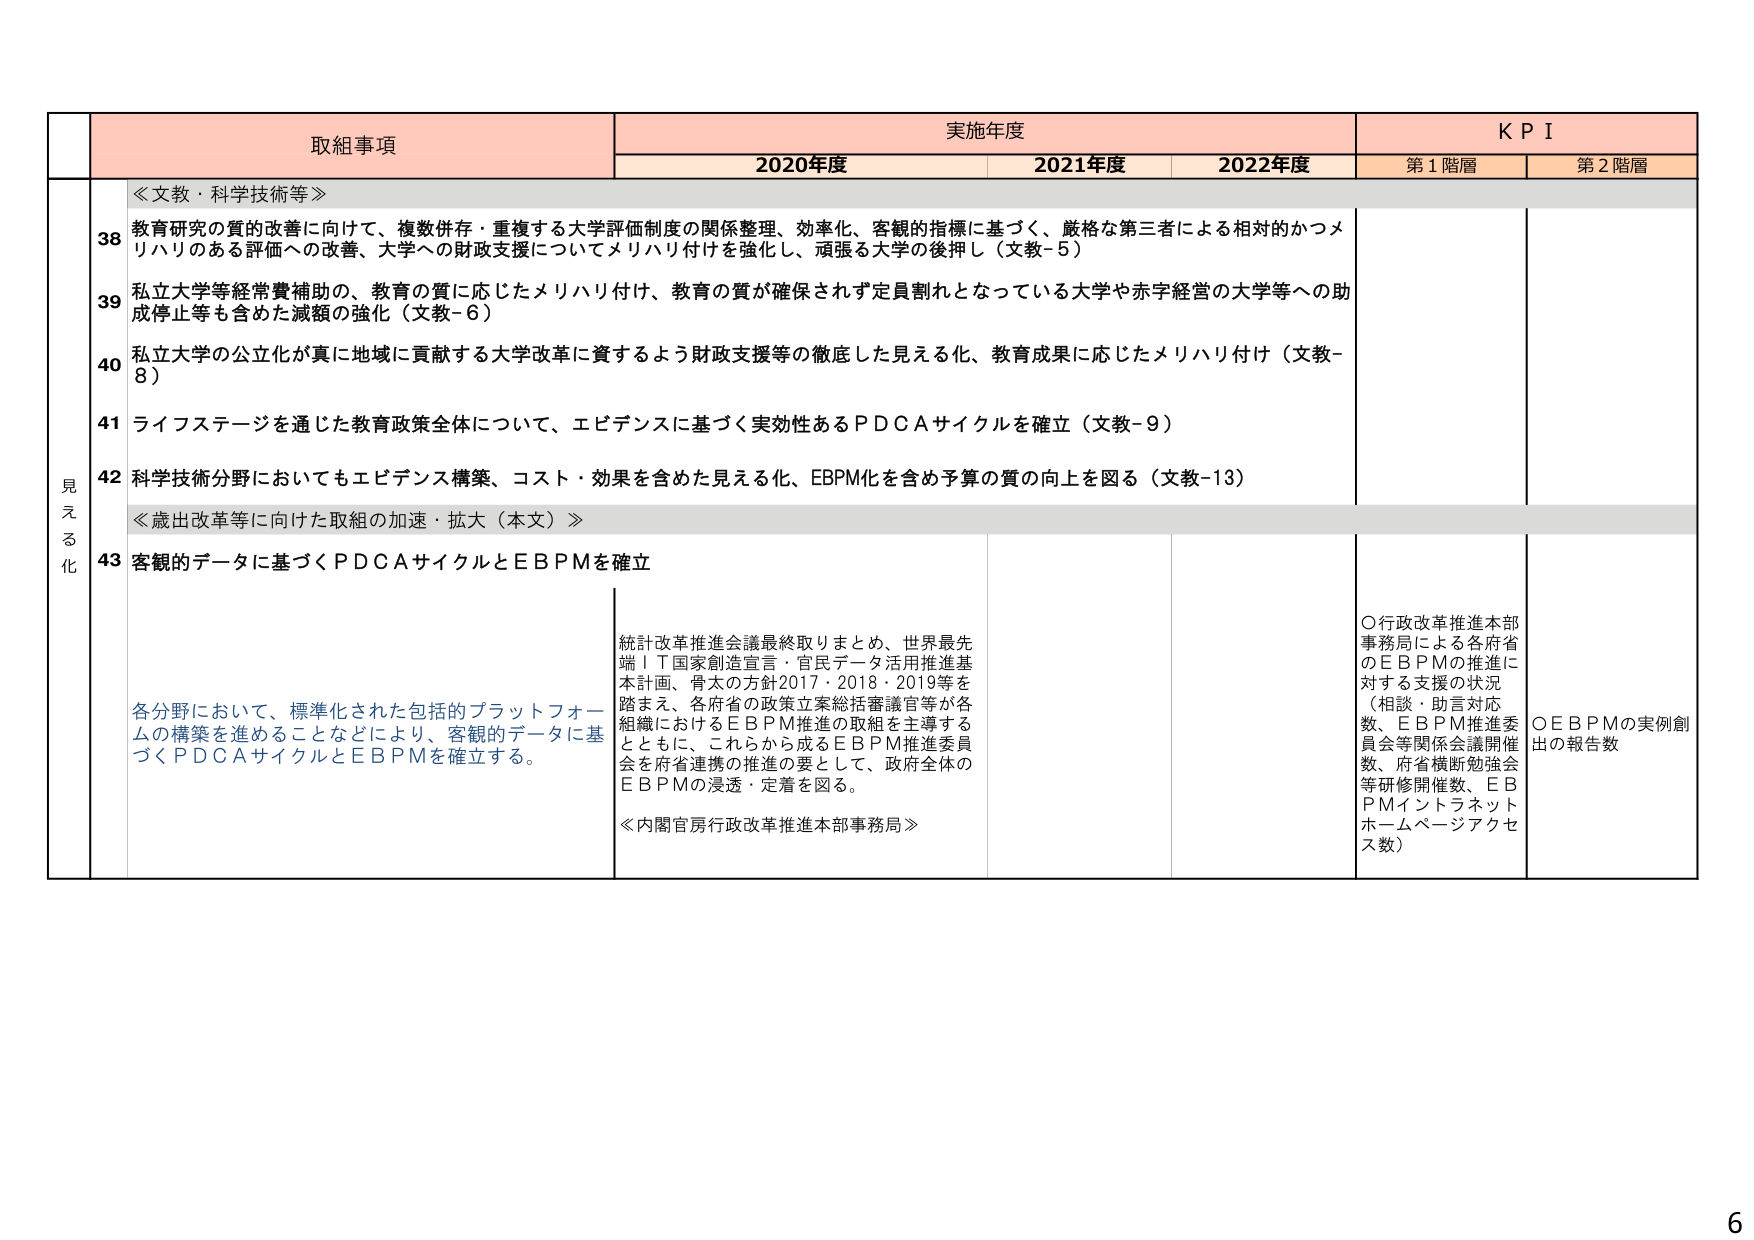
取組事項　実施年度　ＫＰＩ
2020年度　2021年度　2022年度　第１階層　第２階層

見える化

≪文教・科学技術等≫
38 教育研究の質の改善に向けて、複数併存・重複する大学評価制度の関係整理、効率化、客観的指標に基づく、厳格な第三者による相対的かつメリハリのある評価への改善、大学への財政支援についてメリハリ付けを強化し、頑張る大学の後押し（文教-5）
39 私立大学等経常費補助の、教育の質に応じたメリハリ付け、教育の質が確保されず定員割れとなっている大学や赤字経営の大学等への助成停止等も含めた減額の強化（文教-6）
40 私立大学の公立化が真に地域に貢献する大学改革に資するよう財政支援等の徹底した見える化、教育成果に応じたメリハリ付け（文教-8）
41 ライフステージを通じた教育政策全体について、エビデンスに基づく実効性あるＰＤＣＡサイクルを確立（文教-9）
42 科学技術分野においてもエビデンス構築、コスト・効果を含めた見える化、ＥＢＰＭ化を含め予算の質の向上を図る（文教-13）

≪歳出改革等に向けた取組の加速・拡大（本文）≫
43 客観的データに基づくＰＤＣＡサイクルとＥＢＰＭを確立

各分野において、標準化された包括的プラットフォームの構築を進めることなどにより、客観的データに基づくＰＤＣＡサイクルとＥＢＰＭを確立する。

統計改革推進会議最終取りまとめ、世界最先端ＩＴ国家創造宣言・官民データ活用推進基本計画、骨太の方針2017・2018・2019等を踏まえ、各府省の政策立案総括審議官等が各組織におけるＥＢＰＭ推進の取組を主導するとともに、これらから成るＥＢＰＭ推進委員会を府省連携の推進の要として、政府全体のＥＢＰＭの浸透・定着を図る。
≪内閣官房行政改革推進本部事務局≫

○行政改革推進本部事務局による各府省のＥＢＰＭの推進に対する支援の状況（相談・助言対応数、ＥＢＰＭ推進委員会等関係会議開催数、府省横断勉強会等研修開催数、ＥＢＰＭインフラネットホームページアクセス数）
○ＥＢＰＭの実例創出の報告数

6